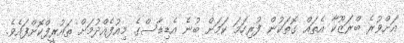
އަށްވުރެ ބްރަޒޫކާ އެތައް ގޮތަކުން ފުރިހަމަ ކަމަށް ބުނެ އެޑިޑާސްގެ މިއުފެއްދުމަށް ތައުރީފްކޮށްފައެވެ.